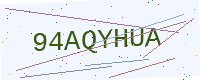
Text: 94AQYHUA